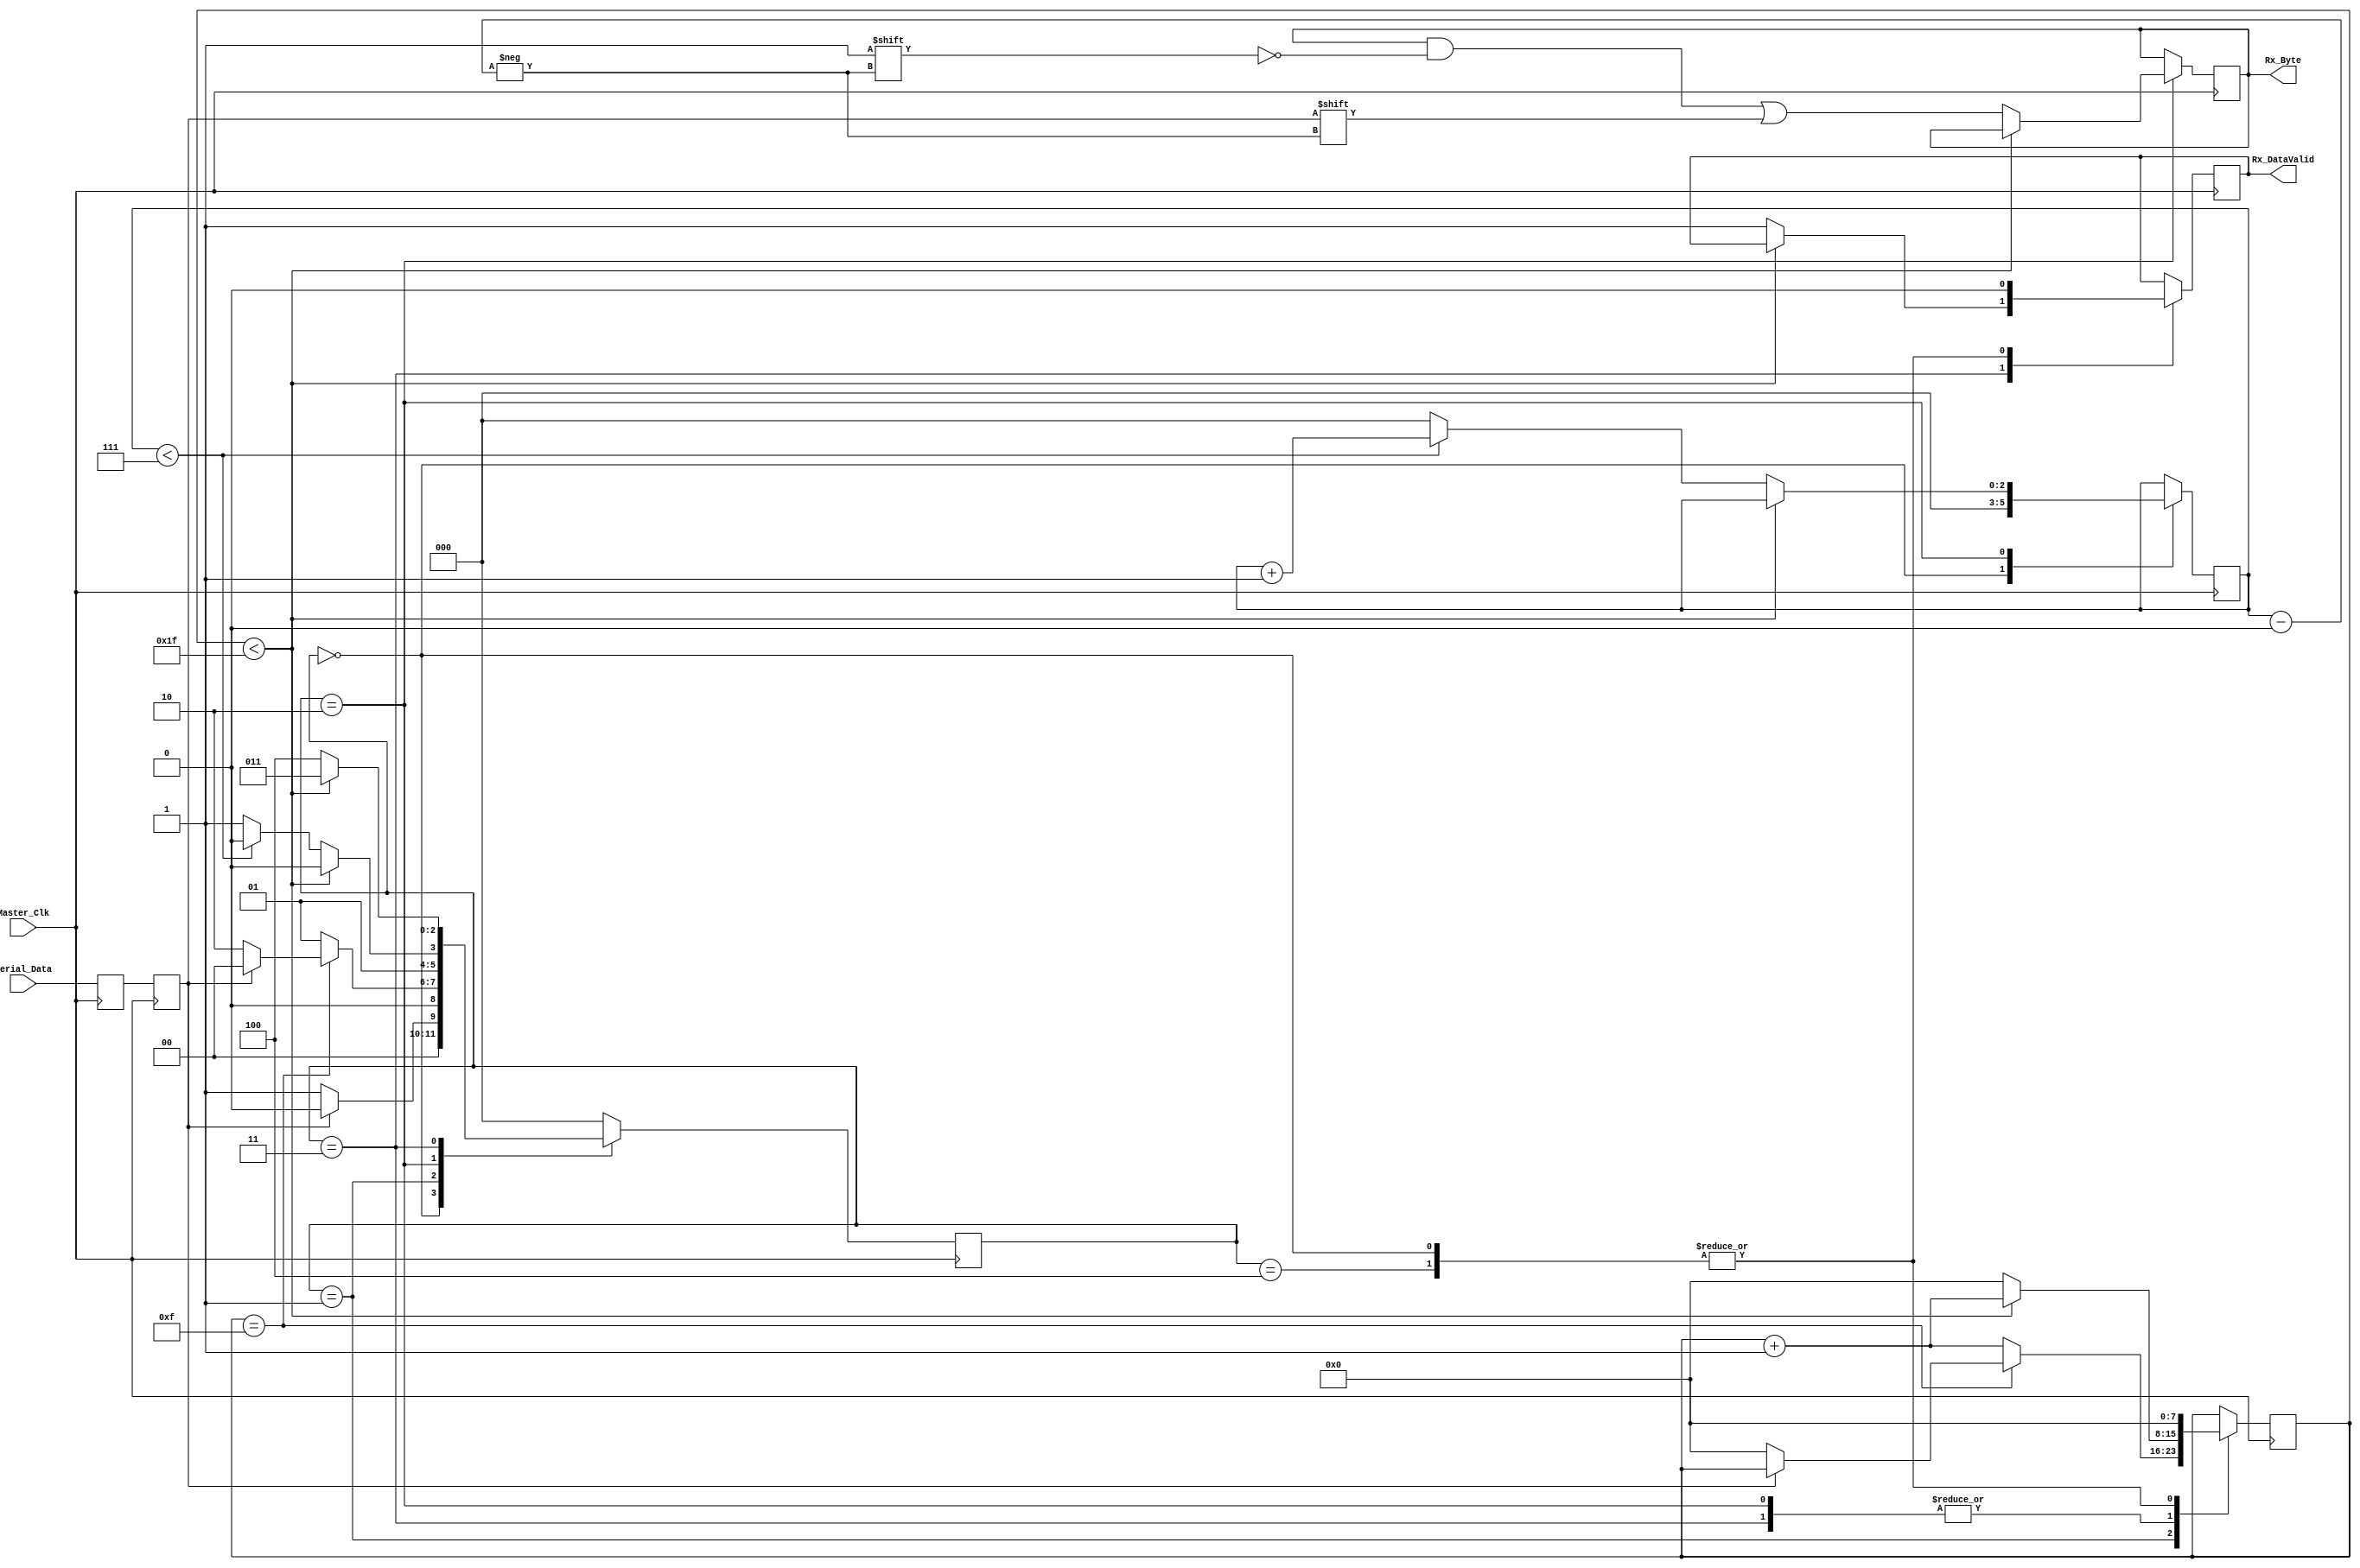
`timescale 1ns / 1ps
module UART_Receiver
  #(parameter Clk_per_bit=32)
  (input Master_Clk,
   input Serial_Data,
   output Rx_DataValid,
   output [7:0] Rx_Byte
  );
  parameter idle_state=3'b000;
  parameter start_bit_state=3'b001;
  parameter data_bit_state=3'b010;
  parameter stop_bit_state=3'b011;
  parameter resync_state=3'b100;
  reg rx_bit=1'b1;
  reg rx_bit_copy=1'b1;
  reg [7:0] Clk_Counter=0;
  reg temp_Rx_DataValid=0;
  reg [2:0] Current_State=0;
  reg [2:0] index=0;
  reg [7:0] temp_rx_data=0;
  always @(posedge Master_Clk)
    begin
      rx_bit_copy<=Serial_Data;
      rx_bit<=rx_bit_copy;
    end
  always @(posedge Master_Clk)
    begin
      case (Current_State)
        idle_state:
          begin
            temp_Rx_DataValid<=1'b0;
            Clk_Counter<=0;
            index<=0;
            if(rx_bit==1'b0)
              Current_State<=start_bit_state;
            else
              Current_State<=idle_state;
          end
        start_bit_state:
          begin
            if(Clk_Counter== ((Clk_per_bit-1)/2))
              begin
                if(rx_bit==1'b0)
                  begin
                    Clk_Counter<=0;
                    Current_State<=data_bit_state;
                  end
                else
                  Current_State<=idle_state;
              end
            else
              begin
                Clk_Counter<=Clk_Counter+1;
                Current_State<=start_bit_state;
              end
          end
        data_bit_state:
          begin
            if(Clk_Counter<Clk_per_bit-1)
              begin
                Clk_Counter<=Clk_Counter+1;
                Current_State<=data_bit_state;
              end
            else
              begin
                Clk_Counter<=0;
                temp_rx_data[index]<=rx_bit;
                if(index<7)
                  begin
                    index<=index+1;
                    Current_State<=data_bit_state;
                  end
                else
                  begin
                    index<=0;
                    Current_State<=stop_bit_state;
                  end
              end
          end
        stop_bit_state:
          begin
            if(Clk_Counter<Clk_per_bit-1)
              begin
                Clk_Counter<=Clk_Counter+1;
                Current_State<=stop_bit_state;
              end
            else
              begin
                Clk_Counter<=0;
                temp_Rx_DataValid<=1'b1;
                Current_State<=resync_state;
              end
          end			 
        resync_state:
          begin
            Current_State<=idle_state;
            Clk_Counter<=0;
            temp_Rx_DataValid<=1'b0;
          end
        default:
          Current_State<=idle_state;

      endcase
    end
assign Rx_Byte = temp_rx_data;
assign Rx_DataValid = temp_Rx_DataValid;
endmodule